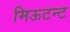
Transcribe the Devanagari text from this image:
मिऊटन्ट